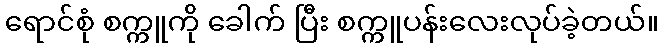
ရောင်စုံ စက္ကူကို ခေါက် ပြီး စက္ကူပန်းလေးလုပ်ခဲ့တယ်။